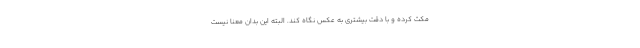
مکث کرده و با دقت بیشتری به عکس نگاه کند. البته این بدان معنا نیست